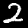
Label: 2